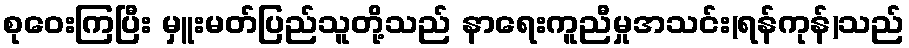
စုဝေးကြပြီး မှူးမတ်ပြည်သူတို့သည် နာရေးကူညီမှုအသင်း(ရန်ကုန်)သည်